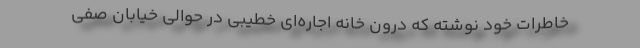
خاطرات خود نوشته که درون خانه اجاره‌ای خطیبی در حوالی خیابان صفی‌